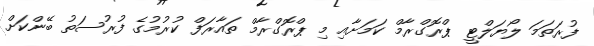
ފުރަތަމަ ލޯޔަލްޓީ ޕްރޮގްރާމް ކަމަށާއި މި ޕްރޮގްރާމް ތައާރަފް ކުރުމުގެ ފުރުސަތު ބޭންކަށް